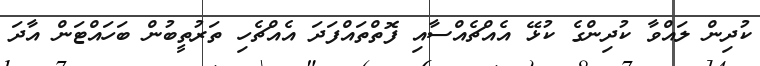
ކުދިން ލައްވާ ކުދިންގެ ކުޅޭ އެއްޗެއްސާއި ފޮތްތައްފަދަ އެއްޗެހި ތަރުތީބުން ބަހައްޓަން އާދަ